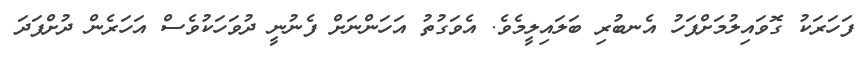
ފަހަރަކު ގޮވައިލުމަށްފަހު އެނބުރި ބަލައިލީމެވެ. އެވަގުތު އަހަންނަށް ފެނުނީ ދުވަހަކުވެސް އަހަރެން ދުށްފަދަ